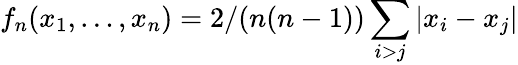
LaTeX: f_{n}(x_{1},\ldots,x_{n})=2/(n(n-1))\sum_{i>j}|x_{i}-x_{j}|